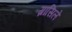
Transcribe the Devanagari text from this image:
ग्रासिले